Code of medical and sanitary regulations for the guidance of medical officers serving in the Madras Presidency - Volume I
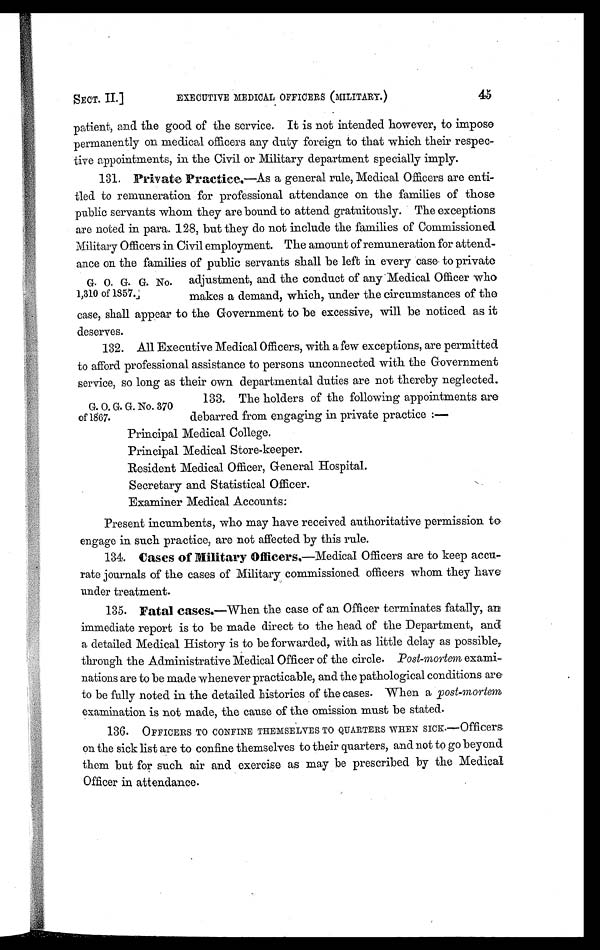
SECT. II.]
EXECUTIVE MEDICAL OFFICERS (MILITARY.)
45
patient, and the good of the service. It is not intended however, to impose
permanently on medical officers any duty foreign to that which their respec-
tive appointments, in the Civil or Military department specially imply.
131. Private Practice.—As a general rule, Medical Officers are enti-
tled to remuneration for professional attendance on the families of those
public servants whom they are bound to attend gratuitously. The exceptions
are noted in para. 128, but they do not include the families of Commissioned
Military Officers in Civil employment. The amount of remuneration for attend-
ance on the families of public servants shall be left in every case to private
adjustment, and the conduct of any Medical Officer who
makes a demand, which, under the circumstances of the
case, shall appear to the Government to be excessive, will be noticed as it
deserves.
132. All Executive Medical Officers, with a few exceptions, are permitted
to afford professional assistance to persons unconnected with the Government
service, so long as their own departmental duties are not thereby neglected.
G. O. G. G. No,
1,310 of 1857.
G. O. G. G. No. 370
of 1867.
133. The holders of the following appointments are
debarred from engaging in private practice :—
Principal Medical College.
Principal Medical Store-keeper.
Resident Medical Officer, General Hospital.
Secretary and Statistical Officer.
Examiner Medical Accounts.
Present incumbents, who may have received authoritative permission to
engage in such practice, are not affected by this rule.
134. Cases of Military Officers.—Medical Officers are to keep accu-
rate journals of the cases of Military commissioned officers whom they have
under treatment.
135. Fatal cases .—When the case of an Officer terminates fatally, an
immediate report is to be made direct to the head of the Department, and
a detailed Medical History is to be forwarded, with as little delay as possible,
through the Administrative Medical Officer of the circle. Post-mortem exami-
nations are to be made whenever practicable, and the pathological conditions are
to be fully noted in the detailed histories of the cases. When a post-mortem
examination is not made, the cause of the omission must be stated.
136. OFFICERS TO CONFINE THEMSELVES TO QUARTERS WHEN SICK.—Officers
on the sick list are to confine themselves to their quarters, and not to go beyond
them but for such air and exercise as may be prescribed by the Medical
Officer in attendance.